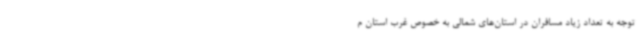
توجه به تعداد زیاد مسافران در استان‌های شمالی به خصوص غرب استان م